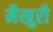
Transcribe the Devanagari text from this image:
मैखुरी